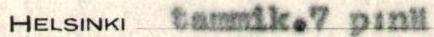
HELSINKI tammik.7 p:nä